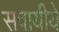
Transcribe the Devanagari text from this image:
सवायीये